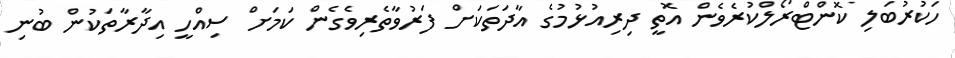
ހަކުރުބަލި ކޮންޓްރޯލްކުރެވެން އޮތީ ދިރިއުޅުމުގެ އާދަތަކަށް ފަރުވާތެރިވެގެން ކަމަށް ސިއްހީ އިދާރާތަކުން ބުނި